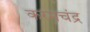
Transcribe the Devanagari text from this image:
करमचंद्र